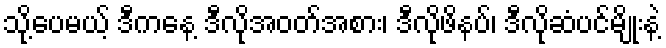
သို့ပေမယ့် ဒီကနေ့ ဒီလိုအဝတ်အစား၊ ဒီလိုဖိနပ်၊ ဒီလိုဆံပင်မျိုးနဲ့